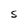
Character: S